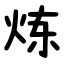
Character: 炼